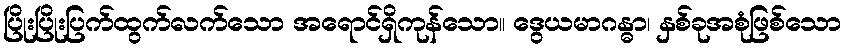
ပြိုးပြိုးပြက်ထွက်လက်သော အရောင်ရှိကုန်သော။ ဒွေယမာဂန္ဓာ၊ နှစ်ခုအစုံဖြစ်သော